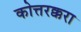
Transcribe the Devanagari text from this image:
कोत्तरक्करा